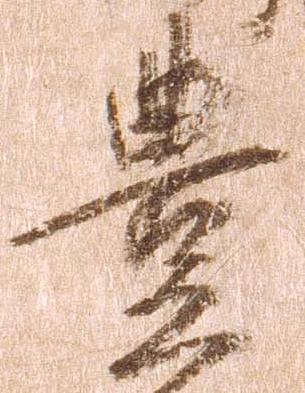
豊